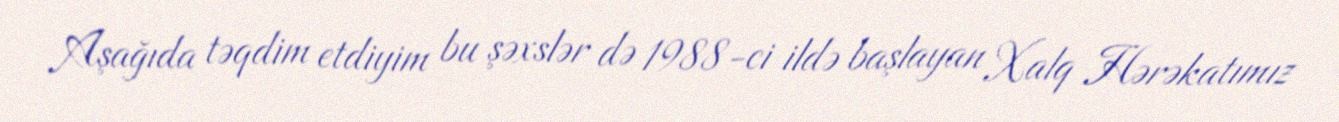
Aşağıda təqdim etdiyim bu şəxslər də 1988-ci ildə başlayan Xalq Hərəkatımız